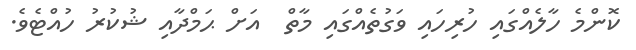
ކޮންމެ ހާލެއްގައި ހުރިހައި ވަގުތެއްގައި މާތް  އަށް ޙަމްދާއި ޝުކުރު ހުއްޓެވެ.